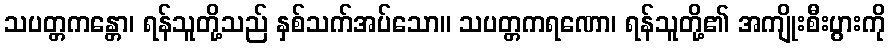
သပတ္တကန္တော၊ ရန်သူတို့သည် နှစ်သက်အပ်သော။ သပတ္တကရဏော၊ ရန်သူတို့၏ အကျိုးစီးပွားကို